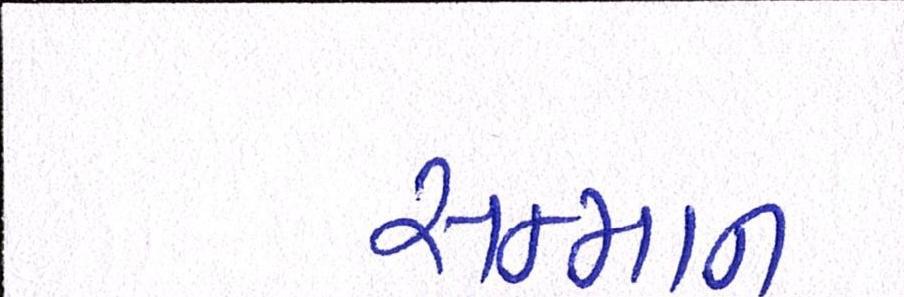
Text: સન્માન